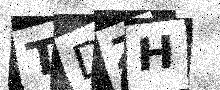
Text: TDZH